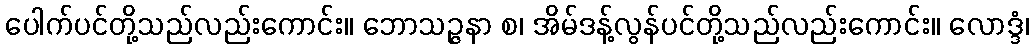
ပေါက်ပင်တို့သည်လည်းကောင်း။ ဘောသဉ္ဇနာ စ၊ အိမ်ဒန့်လွန်ပင်တို့သည်လည်းကောင်း။ လောဒ္ဒံ၊